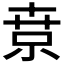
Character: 𡮃